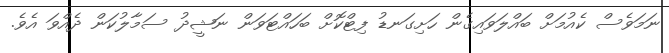
ނަމަވެސް ކެއުމަށް ބައްލަވައިގެން ހަށިގަނޑު ފިޓްކޮށް ބަހައްޓަވަން ނަޝީދު ސަމާލުކަން ދެއްވަ އެވެ.